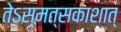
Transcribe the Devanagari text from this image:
तेऽस्मत्सकाशात्